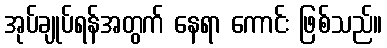
အုပ်ချုပ်ရန်အတွက် နေရာ ကောင်း ဖြစ်သည်။